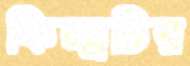
ফিল্মটির